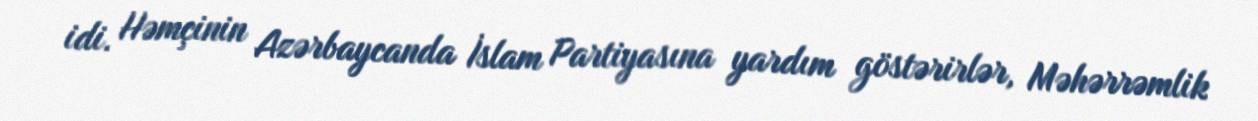
idi. Həmçinin Azərbaycanda İslam Partiyasına yardım göstərirlər, Məhərrəmlik